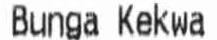
BUNGA KEKWA